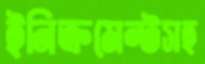
ইনিক্রমেন্টসহ